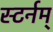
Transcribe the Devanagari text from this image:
स्टर्नम्‌